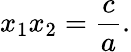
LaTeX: x_{1}x_{2}={\frac{c}{a}}.